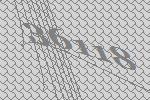
36118